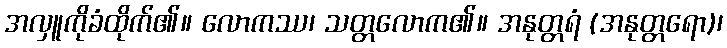
အလှူကိုခံထိုက်၏။ လောကဿ၊ သတ္တလောက၏။ အနုတ္တရံ (အနုတ္တရော)၊